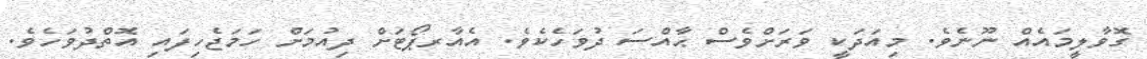
ގޮވާލީމައެއް ނޫނެވެ. މިއަދަކީ ވަރަށްވެސް ޙާއްސަ ދުވަހެކެވެ. އެއާރޕޯޓަށް ދިއުމަށް ހަމަޖެހިފައި އޮތްދުވަހެވެ.